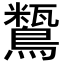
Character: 𪅒